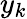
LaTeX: y_{k}